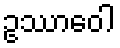
ဥဿာဝေါ